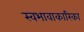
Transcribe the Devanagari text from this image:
स्वभावाकारिका